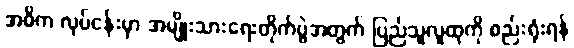
အဓိက လုပ်ငန်းမှာ အမျိုးသားရေးတိုက်ပွဲအတွက် ပြည်သူလူထုကို စည်းရုံးရန်